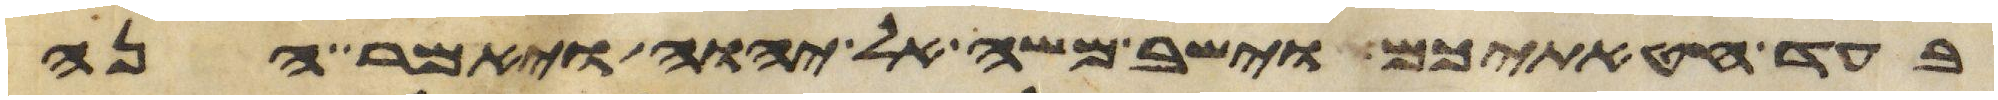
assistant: בעד חטאתיכם וישב משה אל יהוה ויאמר הנה